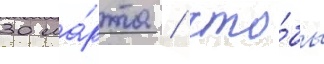
30 ма́рта / что́бы